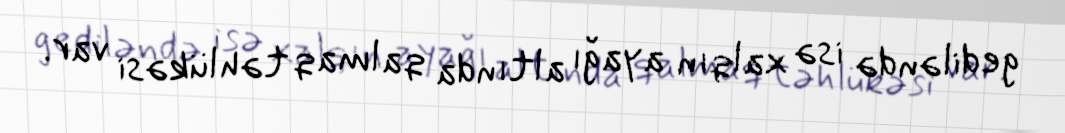
gediləndə isə xalqın ayağı altında qalmaq təhlükəsi var.